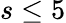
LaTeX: s\leq 5